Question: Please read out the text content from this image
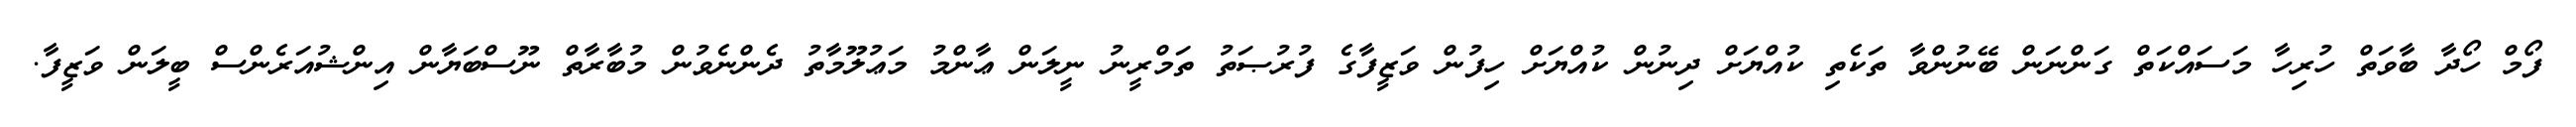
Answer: ފޯމް ހޯދާ ބާވަތް ހުރިހާ މަސައްކަތް ގަންނަން ބޭނުންވާ ތަކެތި ކުއްޔަށް ދިނުން ކުއްޔަށް ހިފުން ވަޒީފާގެ ފުރުޞަތު ތަމްރީނު ނީލަން ޢާންމު މަޢުލޫމާތު ދެންނެވުން މުބާރާތް ނޫސްބަޔާން އިންޝުއަރެންސް ބީލަން ވަޒީފާ.